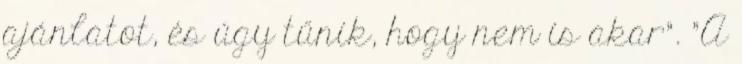
ajánlatot, és úgy tűnik, hogy nem is akar". "A